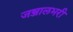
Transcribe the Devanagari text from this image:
जञ्जालभरी